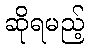
ဆိုရမည့်